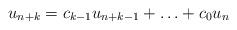
LaTeX: \begin{align*}u_{n+k}& = c_{k-1}u_{n+k-1}+\ldots+c_{0}u_{n}\end{align*}